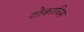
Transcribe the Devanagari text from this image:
टोकाचिस